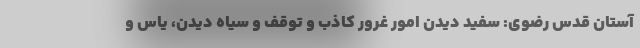
آستان قدس رضوی: سفید دیدن امور غرور کاذب و توقف و سیاه دیدن، یاس و